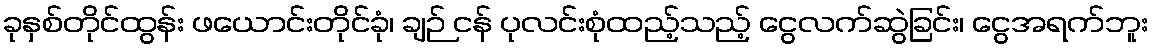
ခုနှစ်တိုင်ထွန်း ဖယောင်းတိုင်ခုံ၊ ချဉ် ငန် ပုလင်းစုံထည့်သည့် ငွေလက်ဆွဲခြင်း၊ ငွေအရက်ဘူး